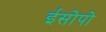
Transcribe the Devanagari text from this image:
ईसोपो